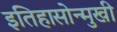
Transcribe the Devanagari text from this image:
इतिहासोन्मुखी